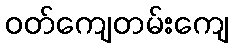
ဝတ်ကျေတမ်းကျေ